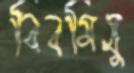
বিবমিষু